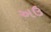
અઉ